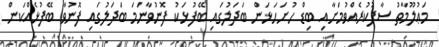
މަޢުލޫމާތު ސާފުކުރެއްވުމަށާއި ބިޑް ހުށަހަޅަން ބަދަލުގައި ބޭފުޅަކު ފޮނުވާނަމަ ބަދަލުގައި ފޮނުވާ ބޭފުޅެއްކަން